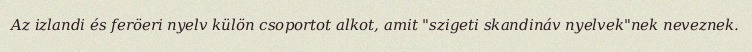
Az izlandi és feröeri nyelv külön csoportot alkot, amit "szigeti skandináv nyelvek"nek neveznek.